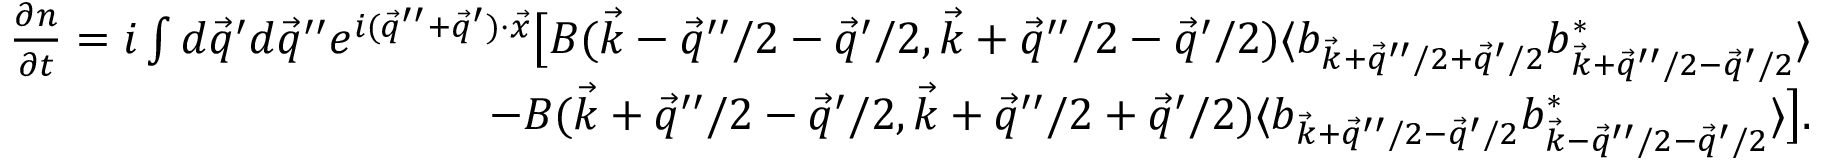
\begin{array} { r } { \frac { \partial n } { \partial t } = i \int d \vec { q } ^ { \prime } d \vec { q } ^ { \prime \prime } e ^ { i ( \vec { q } ^ { \prime \prime } + \vec { q } ^ { \prime } ) \cdot \vec { x } } \big [ B ( \vec { k } - \vec { q } ^ { \prime \prime } / 2 - \vec { q } ^ { \prime } / 2 , \vec { k } + \vec { q } ^ { \prime \prime } / 2 - \vec { q } ^ { \prime } / 2 ) \langle b _ { \vec { k } + \vec { q } ^ { \prime \prime } / 2 + \vec { q } ^ { \prime } / 2 } b _ { \vec { k } + \vec { q } ^ { \prime \prime } / 2 - \vec { q } ^ { \prime } / 2 } ^ { * } \rangle } \\ { - B ( \vec { k } + \vec { q } ^ { \prime \prime } / 2 - \vec { q } ^ { \prime } / 2 , \vec { k } + \vec { q } ^ { \prime \prime } / 2 + \vec { q } ^ { \prime } / 2 ) \langle b _ { \vec { k } + \vec { q } ^ { \prime \prime } / 2 - \vec { q } ^ { \prime } / 2 } b _ { \vec { k } - \vec { q } ^ { \prime \prime } / 2 - \vec { q } ^ { \prime } / 2 } ^ { * } \rangle \big ] . } \end{array}